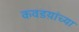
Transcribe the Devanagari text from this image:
कवडय़ांच्या